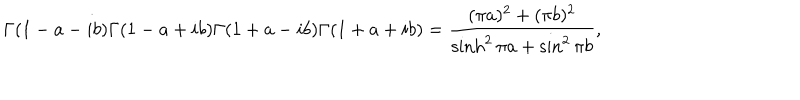
\Gamma ( 1 - a - i b ) \Gamma ( 1 - a + i b ) \Gamma ( 1 + a - i b ) \Gamma ( 1 + a + i b ) = \frac { ( \pi a ) ^ { 2 } + ( \pi b ) ^ { 2 } } { \sinh ^ { 2 } \pi a + \sin ^ { 2 } \pi b } ,